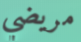
مريضي